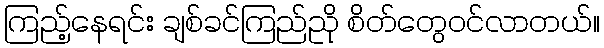
ကြည့်နေရင်း ချစ်ခင်ကြည်ညို စိတ်တွေဝင်လာတယ်။